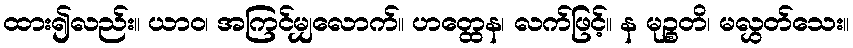
ထား၍လည်း။ ယာဝ၊ အကြင်မျှလောက်။ ဟတ္ထေန၊ လက်ဖြင့်။ န မုဉ္စတိ၊ မလွှတ်သေး။